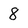
Character: 8